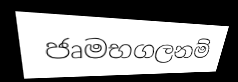
ජෘමභගලනම්